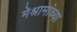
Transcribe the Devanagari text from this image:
मेश्रामांच्या